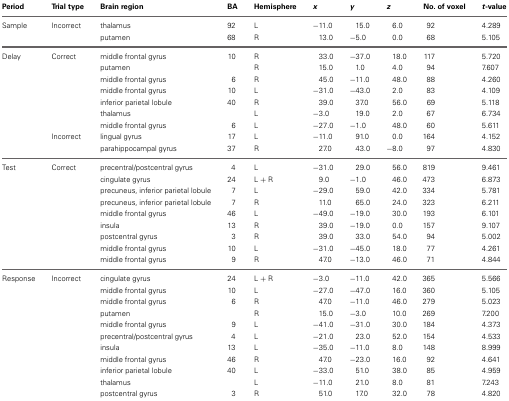
<table><thead><tr><td><b>Period</b></td><td><b>Trial type</b></td><td><b>Brain region</b></td><td><b>BA</b></td><td><b>Hemisphere</b></td><td><b><i>x</i></b></td><td><b><i>y</i></b></td><td><b><i>z</i></b></td><td><b>No. of voxel</b></td><td><b><i>t</i>-value</b></td></tr></thead><tbody><tr><td>Sample</td><td>Incorrect</td><td>thalamus</td><td>92</td><td>L</td><td>−11.0</td><td>15.0</td><td>6.0</td><td>92</td><td>4.289</td></tr><tr><td></td><td></td><td>putamen</td><td>68</td><td>R</td><td>13.0</td><td>−5.0</td><td>0.0</td><td>68</td><td>5.105</td></tr><tr><td>Delay</td><td>Correct</td><td>middle frontal gyrus</td><td>10</td><td>R</td><td>33.0</td><td>−37.0</td><td>18.0</td><td>117</td><td>5.720</td></tr><tr><td></td><td></td><td>putamen</td><td></td><td>R</td><td>15.0</td><td>1.0</td><td>4.0</td><td>94</td><td>7.607</td></tr><tr><td></td><td></td><td>middle frontal gyrus</td><td>6</td><td>R</td><td>45.0</td><td>−11.0</td><td>48.0</td><td>88</td><td>4.260</td></tr><tr><td></td><td></td><td>middle frontal gyrus</td><td>10</td><td>L</td><td>−31.0</td><td>−43.0</td><td>2.0</td><td>83</td><td>4.109</td></tr><tr><td></td><td></td><td>inferior parietal lobule</td><td>40</td><td>R</td><td>39.0</td><td>37.0</td><td>56.0</td><td>69</td><td>5.118</td></tr><tr><td></td><td></td><td>thalamus</td><td></td><td>L</td><td>−3.0</td><td>19.0</td><td>2.0</td><td>67</td><td>6.734</td></tr><tr><td></td><td></td><td>middle frontal gyrus</td><td>6</td><td>L</td><td>−27.0</td><td>−1.0</td><td>48.0</td><td>60</td><td>5.611</td></tr><tr><td></td><td>Incorrect</td><td>lingual gyrus</td><td>17</td><td>L</td><td>−11.0</td><td>91.0</td><td>0.0</td><td>164</td><td>4.152</td></tr><tr><td></td><td></td><td>parahippocampal gyrus</td><td>37</td><td>R</td><td>27.0</td><td>43.0</td><td>−8.0</td><td>97</td><td>4.830</td></tr><tr><td>Test</td><td>Correct</td><td>precentral/postcentral gyrus</td><td>4</td><td>L</td><td>−31.0</td><td>29.0</td><td>56.0</td><td>819</td><td>9.461</td></tr><tr><td></td><td></td><td>cingulate gyrus</td><td>24</td><td>L + R</td><td>9.0</td><td>−1.0</td><td>46.0</td><td>473</td><td>6.873</td></tr><tr><td></td><td></td><td>precuneus, inferior parietal lobule</td><td>7</td><td>L</td><td>−29.0</td><td>59.0</td><td>42.0</td><td>334</td><td>5.781</td></tr><tr><td></td><td></td><td>precuneus, inferior parietal lobule</td><td>7</td><td>R</td><td>11.0</td><td>65.0</td><td>24.0</td><td>323</td><td>6.211</td></tr><tr><td></td><td></td><td>middle frontal gyrus</td><td>46</td><td>L</td><td>−49.0</td><td>−19.0</td><td>30.0</td><td>193</td><td>6.101</td></tr><tr><td></td><td></td><td>insula</td><td>13</td><td>R</td><td>39.0</td><td>−19.0</td><td>0.0</td><td>157</td><td>9.107</td></tr><tr><td></td><td></td><td>postcentral gyrus</td><td>3</td><td>R</td><td>39.0</td><td>33.0</td><td>54.0</td><td>94</td><td>5.002</td></tr><tr><td></td><td></td><td>middle frontal gyrus</td><td>10</td><td>L</td><td>−31.0</td><td>−45.0</td><td>18.0</td><td>77</td><td>4.261</td></tr><tr><td></td><td></td><td>middle frontal gyrus</td><td>9</td><td>R</td><td>47.0</td><td>−13.0</td><td>46.0</td><td>71</td><td>4.844</td></tr><tr><td>Response</td><td>Incorrect</td><td>cingulate gyrus</td><td>24</td><td>L + R</td><td>−3.0</td><td>−11.0</td><td>42.0</td><td>365</td><td>5.566</td></tr><tr><td></td><td></td><td>middle frontal gyrus</td><td>10</td><td>L</td><td>−27.0</td><td>−47.0</td><td>16.0</td><td>360</td><td>5.105</td></tr><tr><td></td><td></td><td>middle frontal gyrus</td><td>6</td><td>R</td><td>47.0</td><td>−11.0</td><td>46.0</td><td>279</td><td>5.023</td></tr><tr><td></td><td></td><td>putamen</td><td></td><td>R</td><td>15.0</td><td>−3.0</td><td>10.0</td><td>269</td><td>7.200</td></tr><tr><td></td><td></td><td>middle frontal gyrus</td><td>9</td><td>L</td><td>−41.0</td><td>−31.0</td><td>30.0</td><td>184</td><td>4.373</td></tr><tr><td></td><td></td><td>precentral/postcentral gyrus</td><td>4</td><td>L</td><td>−21.0</td><td>23.0</td><td>52.0</td><td>154</td><td>4.533</td></tr><tr><td></td><td></td><td>insula</td><td>13</td><td>L</td><td>−35.0</td><td>−11.0</td><td>8.0</td><td>148</td><td>8.999</td></tr><tr><td></td><td></td><td>middle frontal gyrus</td><td>46</td><td>R</td><td>47.0</td><td>−23.0</td><td>16.0</td><td>92</td><td>4.641</td></tr><tr><td></td><td></td><td>inferior parietal lobule</td><td>40</td><td>L</td><td>−33.0</td><td>51.0</td><td>38.0</td><td>85</td><td>4.959</td></tr><tr><td></td><td></td><td>thalamus</td><td></td><td>L</td><td>−11.0</td><td>21.0</td><td>8.0</td><td>81</td><td>7.243</td></tr><tr><td></td><td></td><td>postcentral gyrus</td><td>3</td><td>R</td><td>51.0</td><td>17.0</td><td>32.0</td><td>78</td><td>4.820</td></tr></tbody></table>